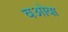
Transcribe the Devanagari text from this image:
वओवा